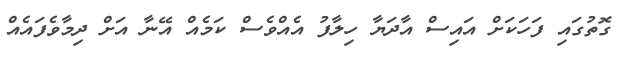
ގޮތުގައި ފަހަކަށް އައިސް އާދަޔާ ހިލާފު އެއްވެސް ކަމެއް އޭނާ އަށް ދިމާވެފައެއް